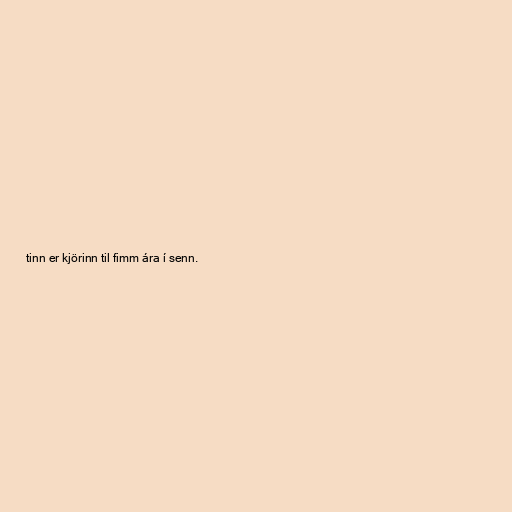
tinn er kjörinn til fimm ára í senn.